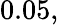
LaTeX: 0.05,